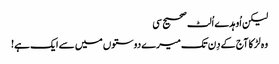
لیکن اُوہدے اُلٹ صحیح سی
وہ لڑکا آج کے دِن تک میرے دوستوں میں سے ایک ہے!